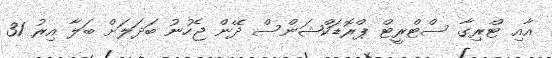
އާއި ޓްރިގާ ސްޓްރީޓް ޕްރޮޑަކްޝަންސް ދޭން ޖެހުނު ބަދަލަށް ބަލާ އިރު 31